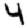
Digit: 4